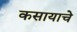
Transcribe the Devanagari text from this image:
कसायाचे